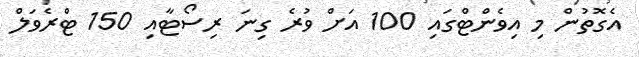
އެގޮތުން މި އިވެންޓްގައި 100 އަށް ވުރެ ގިނަ ރިސޯޓާއި 150 ޓްރެވަލް